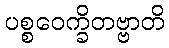
ပစ္စဝေက္ခိတဗ္ဗာတိ